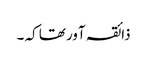
ذائقہ آور تھا کہ ۔